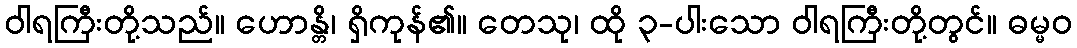
ဝါရကြီးတို့သည်။ ဟောန္တိ၊ ရှိကုန်၏။ တေသု၊ ထို ၃-ပါးသော ဝါရကြီးတို့တွင်။ ဓမ္မဝ